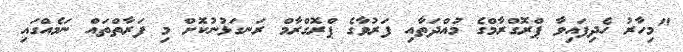
"މިހާރު ހެދިފައިވާ ޕްރޮގްރާމްގެ މުއްދަތާއި ފަރުވާގެ ޕްރޮގްރާމް ރަނގަޅުނުކޮށް މި ފަރާތްތައް ނަމެއްގައި